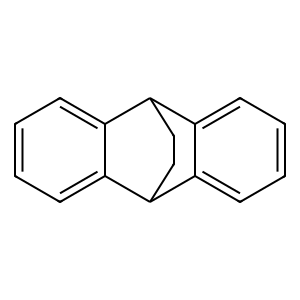
SMILES: c1ccc2c(c1)C1CCC2c2ccccc21
Inhibits HIV replication: No